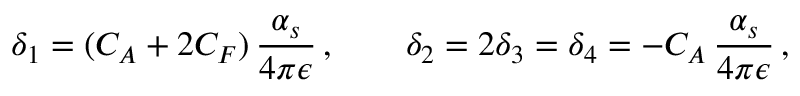
\delta _ { 1 } = ( C _ { A } + 2 C _ { F } ) \, \frac { \alpha _ { s } } { 4 \pi \epsilon } \, , \qquad \delta _ { 2 } = 2 \delta _ { 3 } = \delta _ { 4 } = - C _ { A } \, \frac { \alpha _ { s } } { 4 \pi \epsilon } \, ,